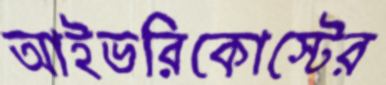
আইভরিকোস্টের